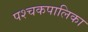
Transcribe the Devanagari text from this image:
पश्चकपालिका